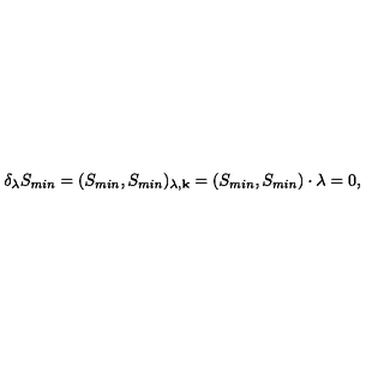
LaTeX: \delta _ { \lambda } S _ { m i n } = ( S _ { m i n } , S _ { m i n } ) _ { \lambda , { \bf k } } = ( S _ { m i n } , S _ { m i n } ) \cdot \lambda = 0 ,